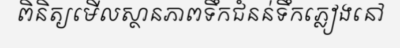
ពិនិត្យមើលស្ថានភាពទឹកជំនន់ទឹកភ្លៀងនៅ